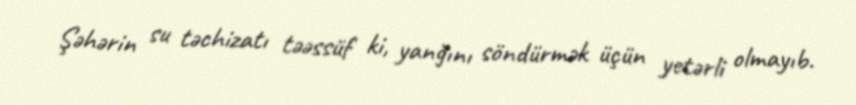
Şəhərin su təchizatı təəssüf ki, yanğını söndürmək üçün yetərli olmayıb.